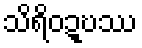
သိရိဝဍ္ဎဿ